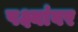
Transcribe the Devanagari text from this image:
पक्ष्यांवर